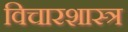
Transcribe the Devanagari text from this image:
विचारशास्त्र